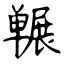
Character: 冁